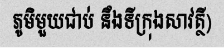
ភូមិមួយជាប់ នឹងទីក្រុងសាវត្ថី)